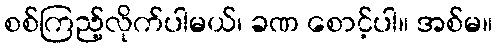
စစ်ကြည့်လိုက်ပါမယ်၊ ခဏ စောင့်ပါ။ အစ်မ။